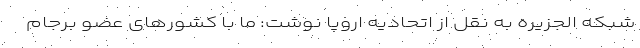
شبکه الجزیره به نقل از اتحادیه اروپا نوشت: ما با کشورهای عضو برجام